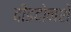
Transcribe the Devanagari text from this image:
दीडदोनशे